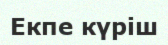
Екпе күріш